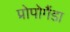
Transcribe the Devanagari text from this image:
प्रोपोगैंडा